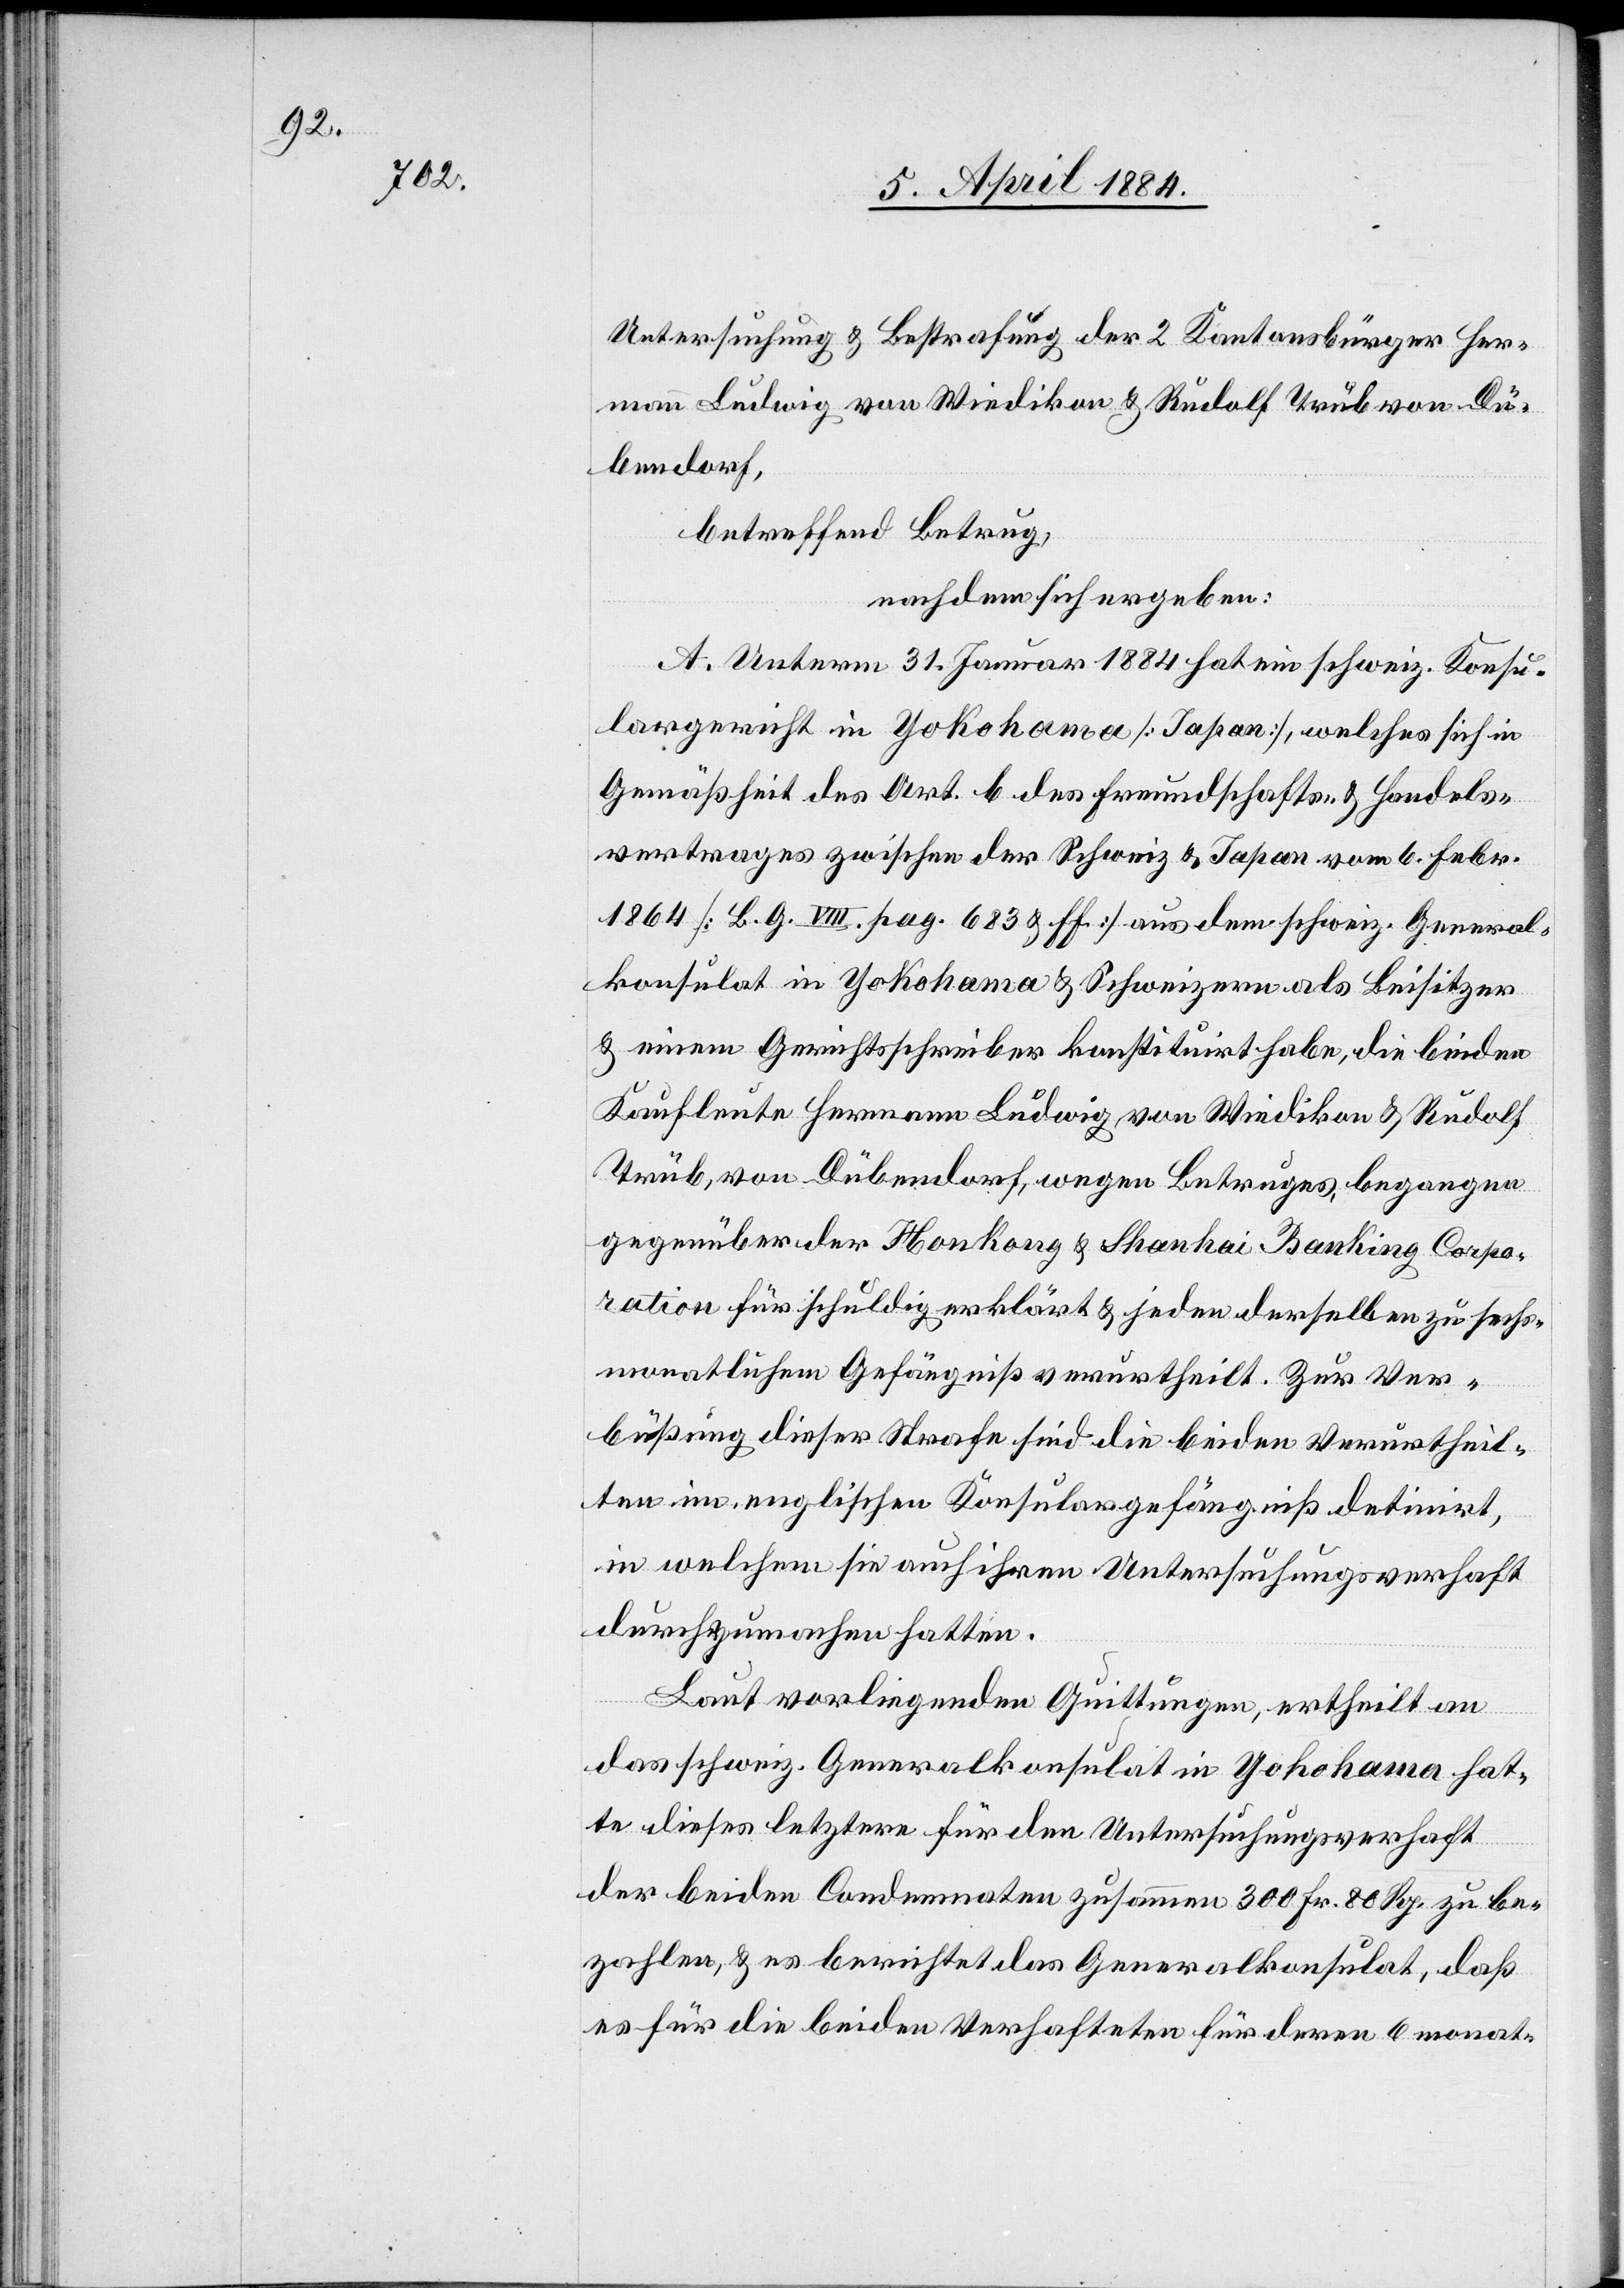
Untersuchung & Bestrafung der 2 Kantonsbürger Her¬
mann Ludwig von Wiedikon & Rudolf Trüb von Dü¬
bendorf,
betreffend Betrug,
nachdem sich ergeben:
A. Unterm 31. Januar 1884 hat ein schweiz. Konsu¬
largericht in Yokohama [Japan], welches sich in
Gemäßheit des Art. b des Freundschafts- & Handels¬
vertrages zwischen der Schweiz & Japan vom 6. Febr.
1864 [B. G. VIII. pag. 683 & ff.] aus dem schweiz. General¬
konsulat in Yokohama & Schweizern als Beisitzer
& einem Gerichtsschreiber konstituirt habe, die beiden
Kaufleute Hermann Ludwig von Wiedikon & Rudolf
Trüb, von Dübendorf, wegen Betruges, begangen
gegenüber der Honkong & Shan[g]hai Banking Corpo¬
ration für schuldig erklärt & jeden derselben zu sechs¬
monatlichem Gefängniß verurtheilt. Zur Ver¬
büßung dieser Strafe sind die beiden Verurtheil¬
ten im englischen Konsulargefängniß detinirt,
in welchem sie auch ihren Untersuchungsverhaft
durchzumachen hatten.
Laut vorliegenden Quittungen, ertheilt an
das schweiz. Generalkonsulat in Yokohama hat¬
te dieses letztere für den Untersuchungsverhaft
der beiden Condemnaten zusammen 300 Fr. 80 Rp. zu be¬
zahlen & es berichtet das Generalkonsulat, daß
es für die beiden Verhafteten für deren 6 monat-